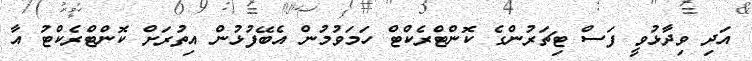
އަދި ވިދާޅުވީ ފަސް ޓިޗަރުންގެ ކޮންޓްރެކްޓް ހަމަވުމުން އެބޭފުޅުން އިތުރަށް ކޮންޓްރެކްޓު އާ